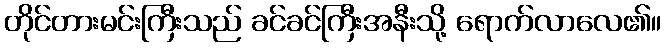
တိုင်တားမင်းကြီးသည် ခင်ခင်ကြီးအနီးသို့ ရောက်လာလေ၏။